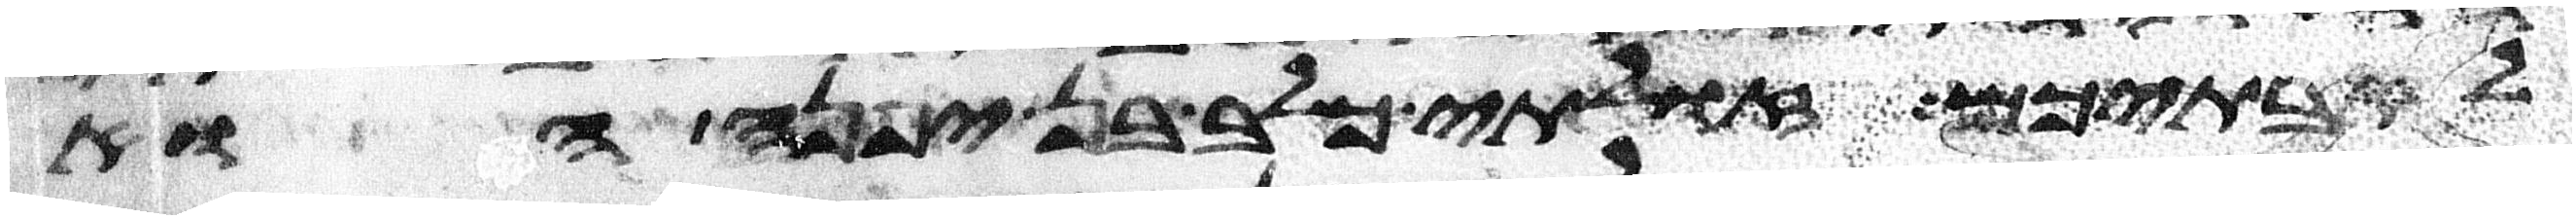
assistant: לאבתיכם זולתי כלב בן יפנה הוא